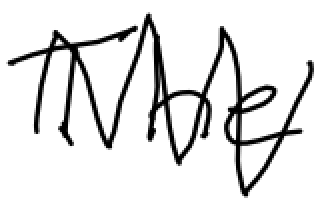
Text: The
Cross-out: zig-zag
Writing tool: digital_black